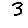
Digit: 3